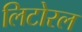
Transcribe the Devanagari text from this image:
लिटोरल